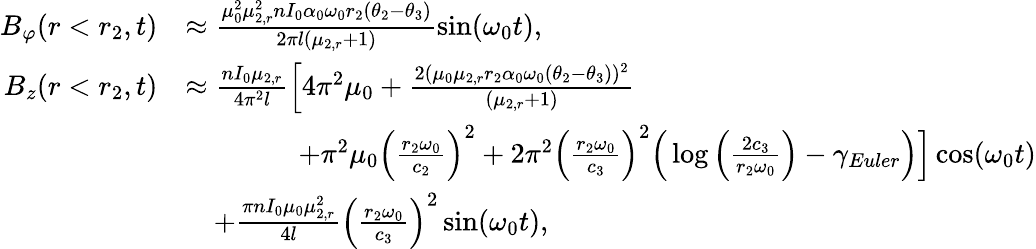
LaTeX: \begin{array}{rl}{B_{\varphi}(r<r_{2},t)}&{\approx\frac{\mu_{0}^{2}\mu_{2,r}^{2}nI_{0}\alpha_{0}\omega_{0}r_{2}(\theta_{2}-\theta_{3})}{2\pi l(\mu_{2,r}+1)}\sin(\omega_{0}t),}\\ {B_{z}(r<r_{2},t)}&{\approx\frac{nI_{0}\mu_{2,r}}{4\pi^{2}l}\Big[4\pi^{2}\mu_{0}+\frac{2(\mu_{0}\mu_{2,r}r_{2}\alpha_{0}\omega_{0}(\theta_{2}-\theta_{3}))^{2}}{(\mu_{2,r}+1)}}\\ &{\qquad\qquad+\pi^{2}\mu_{0}\Big(\frac{r_{2}\omega_{0}}{c_{2}}\Big)^{2}+2\pi^{2}\Big(\frac{r_{2}\omega_{0}}{c_{3}}\Big)^{2}\Big(\log\Big(\frac{2c_{3}}{r_{2}\omega_{0}}\Big)-\gamma_{Euler}\Big)\Big]\cos(\omega_{0}t)}\\ &{\quad+\frac{\pi nI_{0}\mu_{0}\mu_{2,r}^{2}}{4l}\Big(\frac{r_{2}\omega_{0}}{c_{3}}\Big)^{2}\sin(\omega_{0}t),}\end{array}